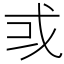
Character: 𢦘